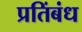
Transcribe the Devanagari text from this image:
प्रतिंबंध